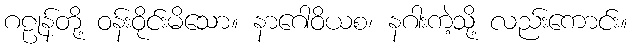
ဂဠုန်တို့ ဝန်းဝိုင်းမိသော။ နာဂေါဝိယစ၊ နဂါးကဲ့သို့ လည်းကောင်း။